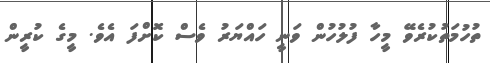
ތުހުމަތުކުރެވޭ މީހާ ފުލުހުން ވަނީ ހައްޔަރު ވެސް ކޮށްފަ އެވެ. މީގެ ކުރީން